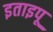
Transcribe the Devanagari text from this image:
इताइपू